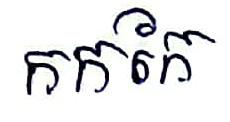
កកកែ